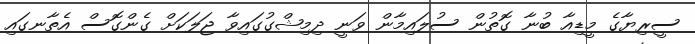
ސީރިޔާގެ މީޑިއާ ބުނާ ގޮތުން ސުލައިމާން ވަނީ ދިމިޝްގުގައިވާ ޖަލަކަށް ގެންގޮސް އެތާނގައި